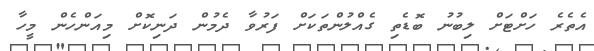
އެތެރެ ހަށްޓަށް ލިބުނު ބޮޑެތި ގެއްލުންތަކަށް ފަރުވާ ދެމުން ދަނިކޮށް މިއަންހެން މީހާ